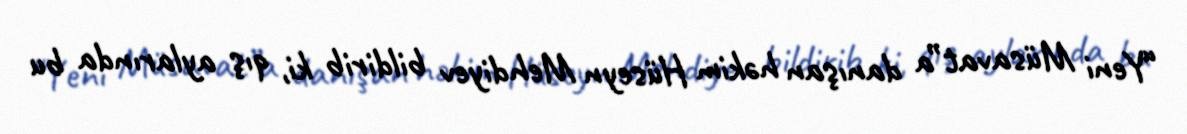
“Yeni Müsavat”a danışan həkim Hüseyn Mehdiyev bildirib ki, qış aylarında bu